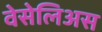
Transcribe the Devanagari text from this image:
वेसेलिअस